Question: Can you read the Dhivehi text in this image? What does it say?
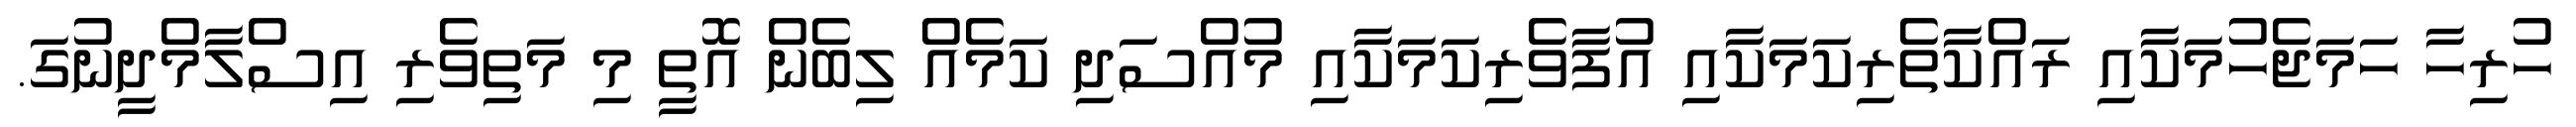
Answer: ހުރިހާ ހަމަޖެހުމަކާއި ރައްކާތެރިކަމަކާއި އުފާވެރިކަމަކާއި މުއްސަދި ކަމެއް ލިބެން އޮތީ މި މަތިވެރި އިސްލާމްދީނުގަ.